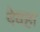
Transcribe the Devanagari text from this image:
देवहा